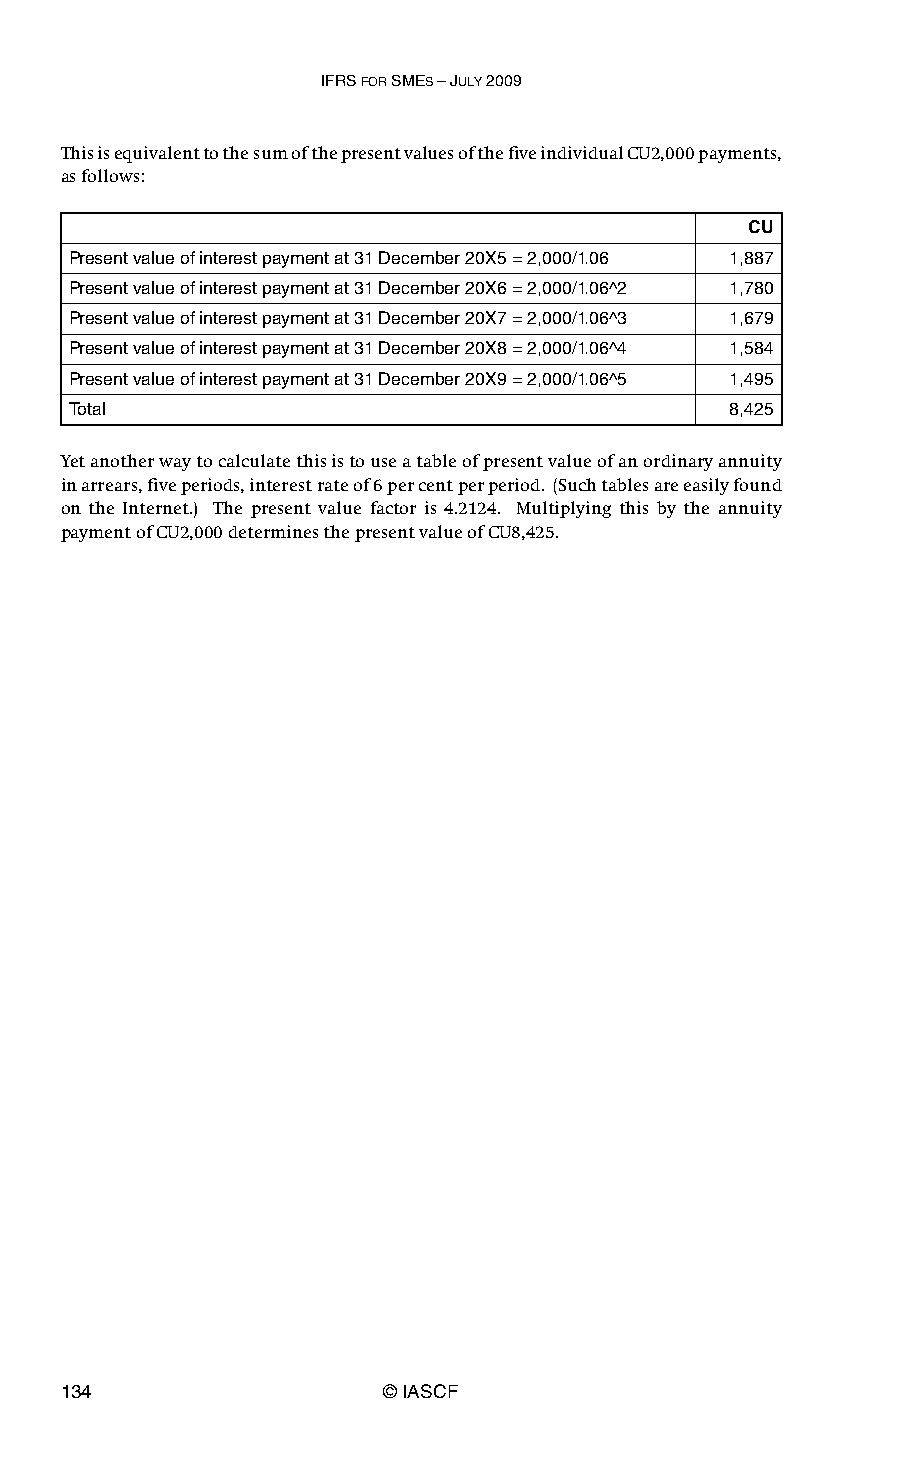
IFRS FOR SMES – JULY 2009
 This is equivalent to the sum of the present values of the five individual CU2,000 payments,
 as follows:
 CU
 Present value of interest payment at 31 December 20X5 = 2,000/1.06 1,887
 Present value of interest payment at 31 December 20X6 = 2,000/1.06^2 1,780
 Present value of interest payment at 31 December 20X7 = 2,000/1.06^3 1,679
 Present value of interest payment at 31 December 20X8 = 2,000/1.06^4 1,584
 Present value of interest payment at 31 December 20X9 = 2,000/1.06^5 1,495
 Total                                      8,425
 Yet another way to calculate this is to use a table of present value of an ordinary annuity
 in arrears, five periods, interest rate of 6 per cent per period. (Such tables are easily found
 on the Internet.) The present value factor is 4.2124. Multiplying this by the annuity
 payment of CU2,000 determines the present value of CU8,425.
 134                   © IASCF